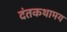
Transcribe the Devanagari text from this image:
दंतकथामय